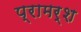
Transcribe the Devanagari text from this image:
प्रामर्श